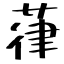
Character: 葎